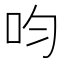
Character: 呁